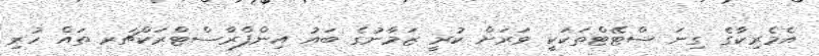
އެމެރިކާގެ ގިނަ ސްޓޭޓްތަކަކީ ވަރަށް ކުރީ ޒަމާނުގެ ބައު އިންފްރާސްޓްރަކްޗަރ ތައް ހުރި